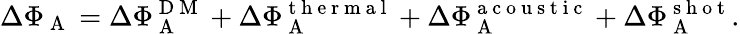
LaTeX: \Delta\Phi_{\mathrm{~A~}}=\Delta\Phi_{\mathrm{~A~}}^{\mathrm{~D~M~}}+\Delta\Phi_{\mathrm{~A~}}^{\mathrm{~t~h~e~r~m~a~l~}}+\Delta\Phi_{\mathrm{~A~}}^{\mathrm{~a~c~o~u~s~t~i~c~}}+\Delta\Phi_{\mathrm{~A~}}^{\mathrm{~s~h~o~t~}}.